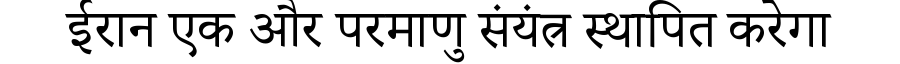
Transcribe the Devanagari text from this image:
ईरान एक और परमाणु संयंत्र स्थापित करेगा